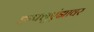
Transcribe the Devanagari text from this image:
इन्फ्लुएंझावर